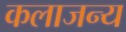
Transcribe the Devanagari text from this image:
कलाजन्य